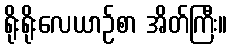
ရိုးရိုးလေယာဉ်စာ အိတ်ကြီး။